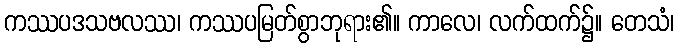
ကဿပဒသဗလဿ၊ ကဿပမြတ်စွာဘုရား၏။ ကာလေ၊ လက်ထက်၌။ တေသံ၊